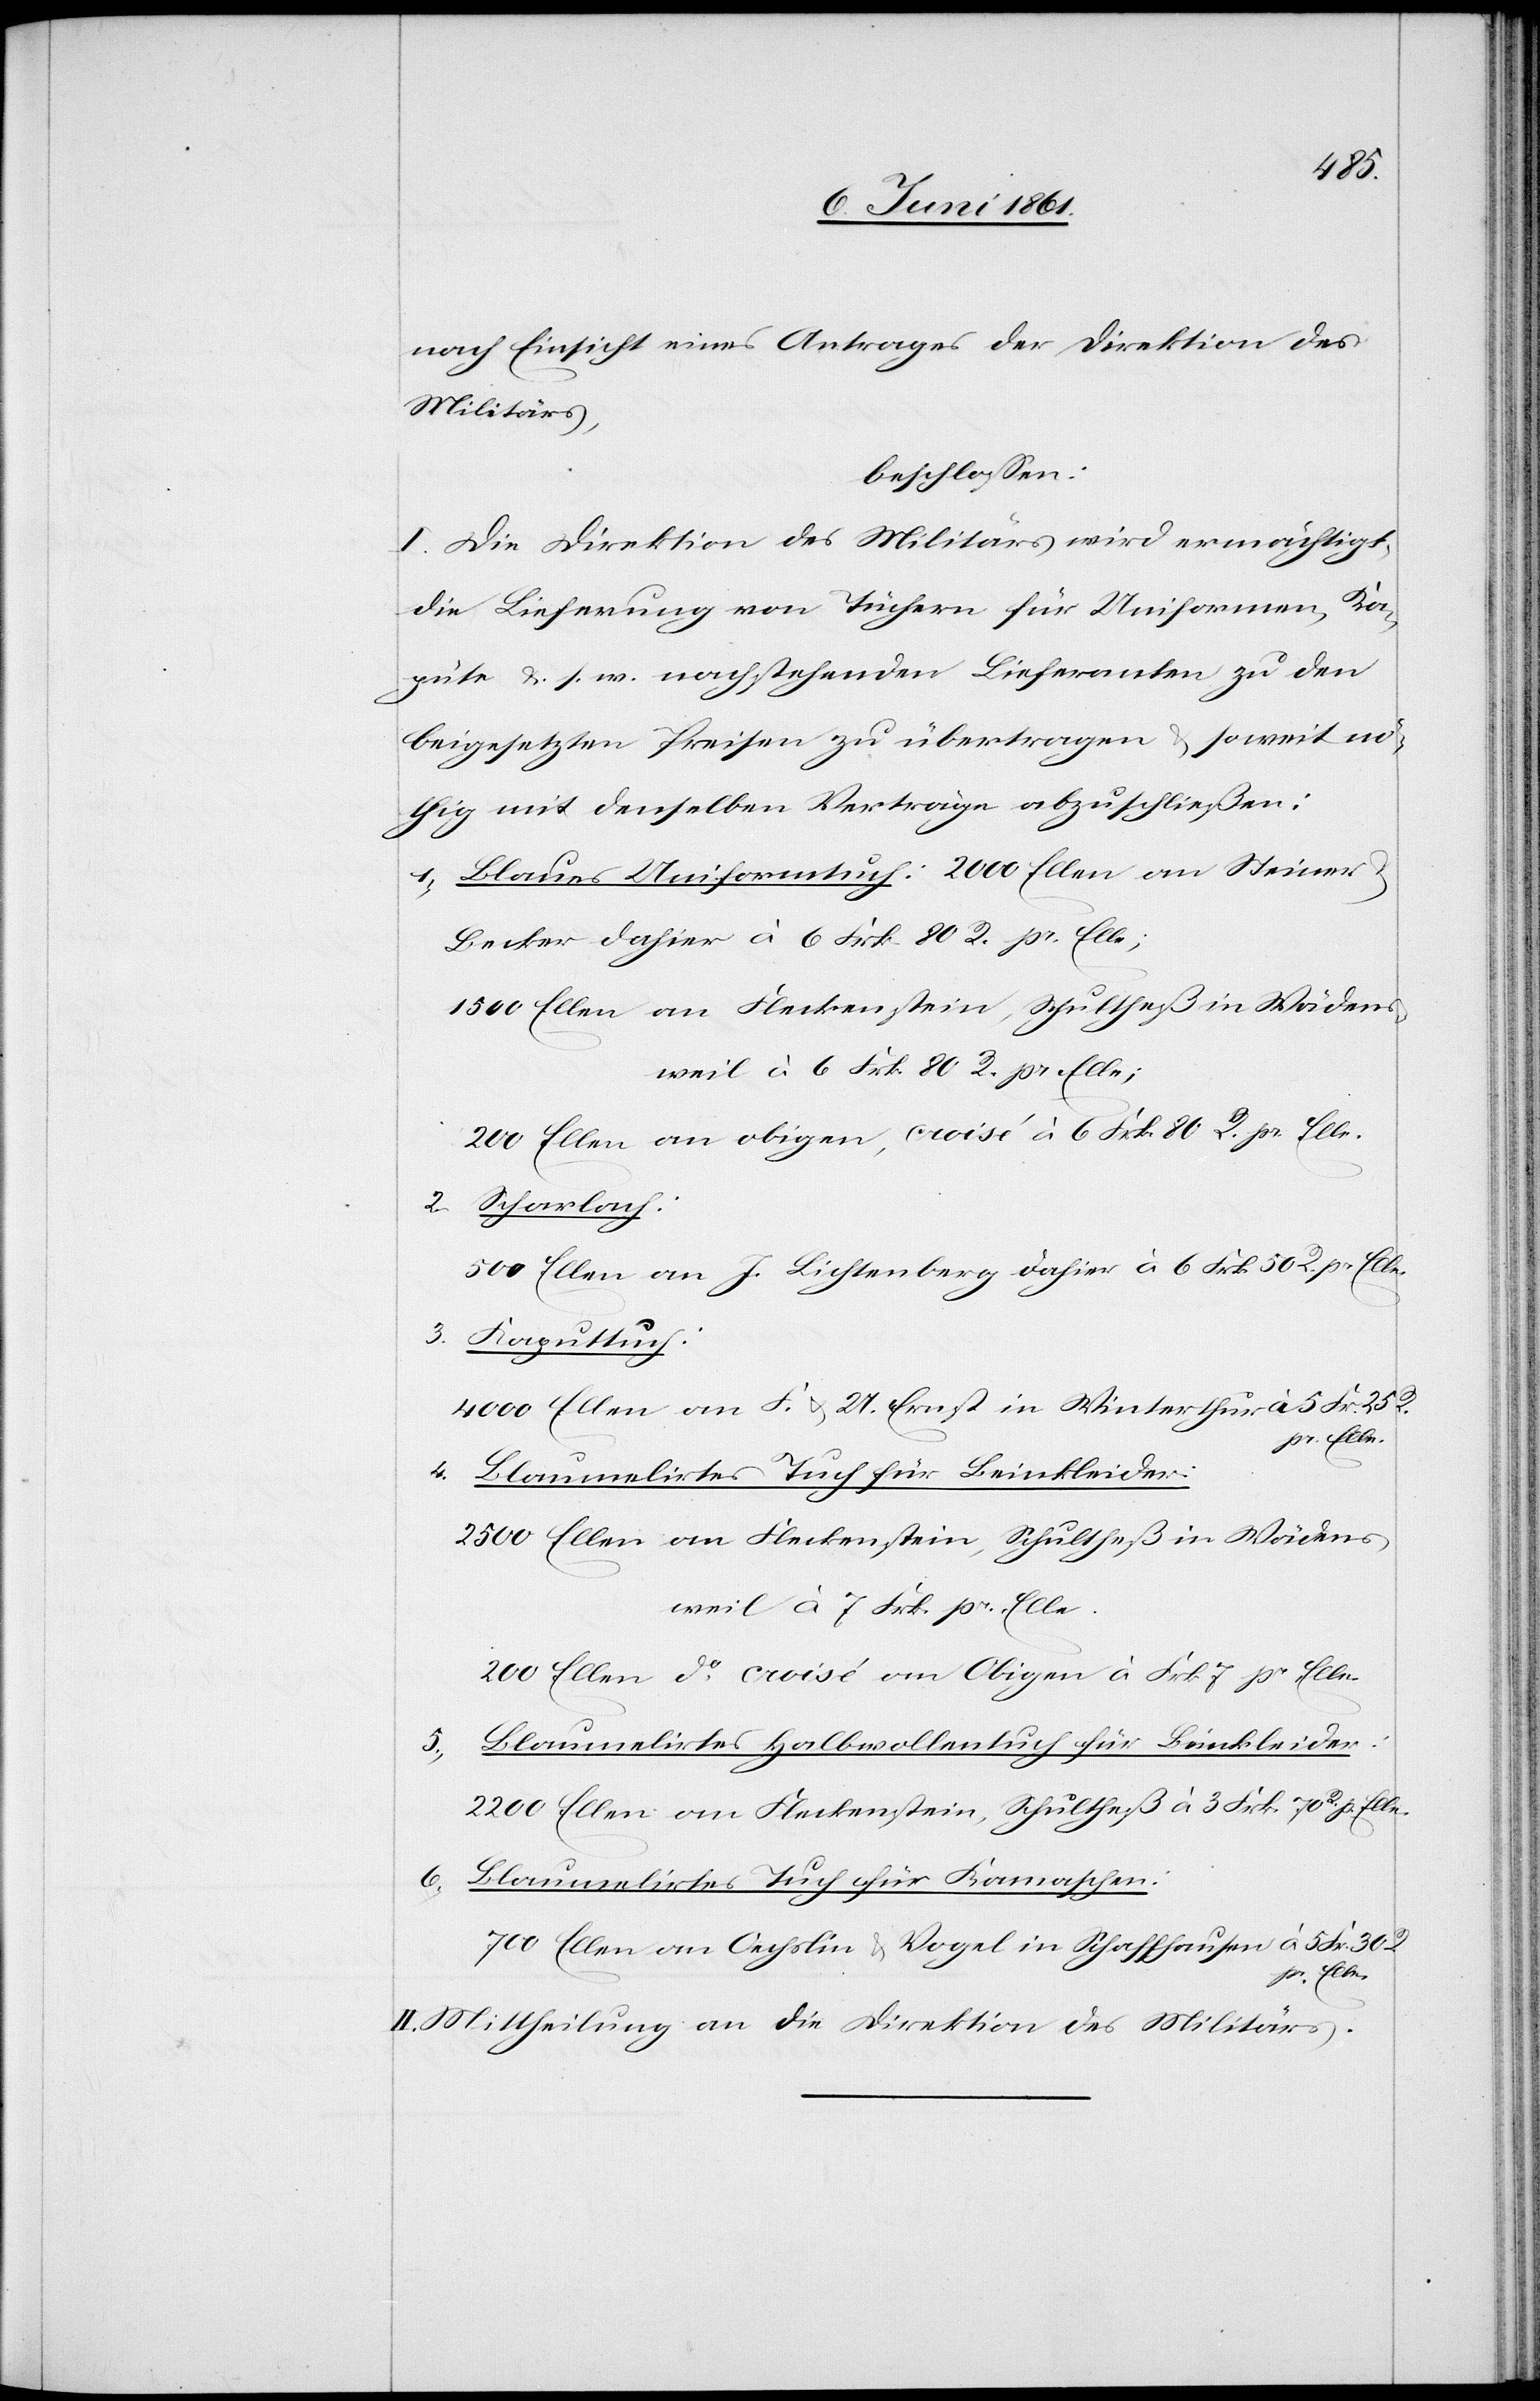
nach Einsicht eines Antrages der Direktion des
Militärs,
beschlossen:
I. Die Direktion des Militärs wird ermächtigt,
die Lieferung von Tüchern für Uniformen, Ka¬
pute u. s. w. nachstehenden Lieferanten zu den
beigesetzten Preisen zu übertragen u. soweit nö¬
thig mit denselben Verträge abzuschließen:
1. Blaues Uniformtuch: 2000 Ellen an Steiner
Becker dahier à 6 Frk. 80 R. pr. Elle;
1500 Ellen an Fleckenstein, Schultheß in Wädens¬
weil à 6 Frk. 80 R. pr. Elle;
200 Ellen an obigen, croisé à 6 Frk. 80 R. pr. Elle.
2.
Scharlach:
500 Ellen an J. Lichtenberg dahier à 6 Frk. 50 Rp. pr. Elle.
3. Kaputtuch:
4000 Ellen an F. u. U. Ernst in Winterthur à 5
pr. Elle.
4. Blaumelirtes Tuch für Beinkleider:
2500 Ellen an Fleckenstein, Schultheß in Wädens¬
weil à 7 Frk. pr. Elle.
200 Ellen do croisé an Obigen à Frk. 7 pr. Elle
5. Blaumelirtes Halbwollentuch für Beinkleider
2200 Ellen an Fleckenstein, Schultheß à 3 Frk. 70 Rp.
6. Blaumelirtes Tuch für Kamaschen:
700 Ellen an Oechslin u. Vogel in Schaffhausen à 5 Fr. 30 R.
pr. Elle.
II. Mittheilung an die Direktion des Militärs.